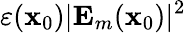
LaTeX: \varepsilon(\mathbf{x}_{0})|\mathbf{E}_{m}(\mathbf{x}_{0})|^{2}